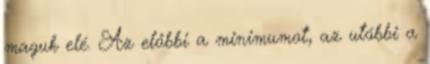
maguk elé. Az előbbi a minimumot, az utóbbi a